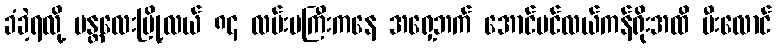
ခံခဲ့ရလို့ မန္တလေးမြို့လယ် ၈၄ လမ်းမကြီးကနေ အရှေ့ဘက် အောင်ပင်လယ်ကန်ရိုးအထိ မီးလောင်